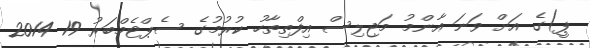
ޕީ)ގެ އަށް ވަނަ އާންމު މަޖިލިސް އިފްތިތާހު ކުރުމުގެ ސެޕްޓެމްބަރު 19 2014